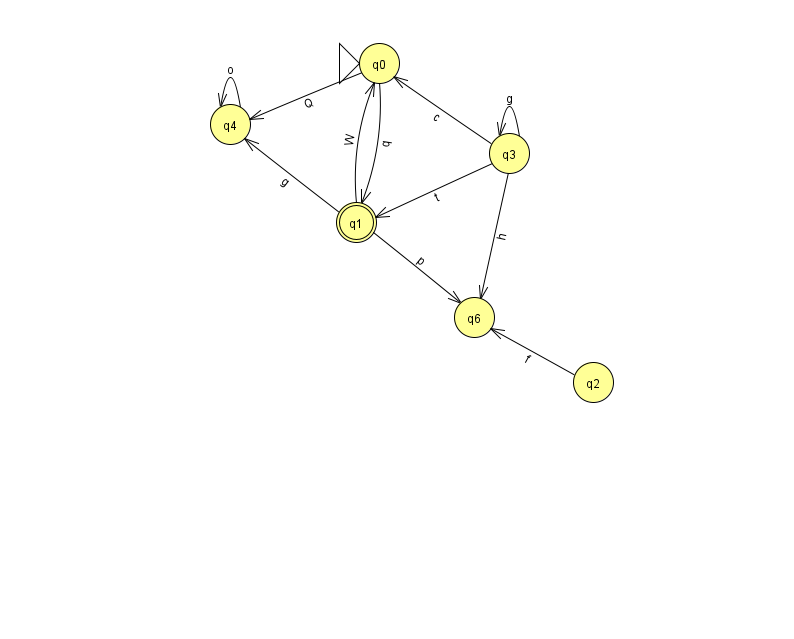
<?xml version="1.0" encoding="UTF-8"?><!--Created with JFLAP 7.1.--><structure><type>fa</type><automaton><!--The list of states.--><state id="0" name="q0"><x>379.0</x><y>50.0</y><initial/></state><state id="1" name="q1"><x>356.0</x><y>209.0</y><final/></state><state id="2" name="q2"><x>593.0</x><y>369.0</y></state><state id="3" name="q3"><x>509.0</x><y>140.0</y></state><state id="4" name="q4"><x>230.0</x><y>111.0</y></state><state id="6" name="q6"><x>474.0</x><y>304.0</y></state><!--The list of transitions.--><transition><from>3</from><to>0</to><read>c</read></transition><transition><from>1</from><to>4</to><read>g</read></transition><transition><from>3</from><to>3</to><read>g</read></transition><transition><from>1</from><to>0</to><read>W</read></transition><transition><from>3</from><to>6</to><read>h</read></transition><transition><from>0</from><to>4</to><read>Q</read></transition><transition><from>3</from><to>1</to><read>t</read></transition><transition><from>2</from><to>6</to><read>f</read></transition><transition><from>1</from><to>6</to><read>p</read></transition><transition><from>0</from><to>1</to><read>q</read></transition><transition><from>4</from><to>4</to><read>o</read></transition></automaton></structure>